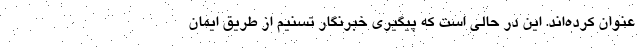
عنوان کرده‌اند. این در حالی است که پیگیری خبرنگار تسنیم از طریق ایمان